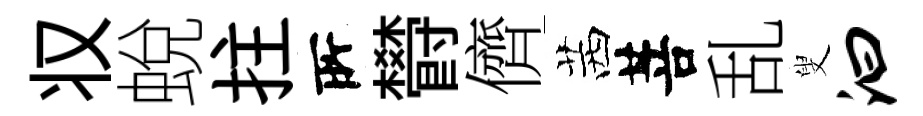
𠬧蛻拄𠩄欎儕茜菩乱叟汩